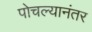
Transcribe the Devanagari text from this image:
पोचल्यानंतर